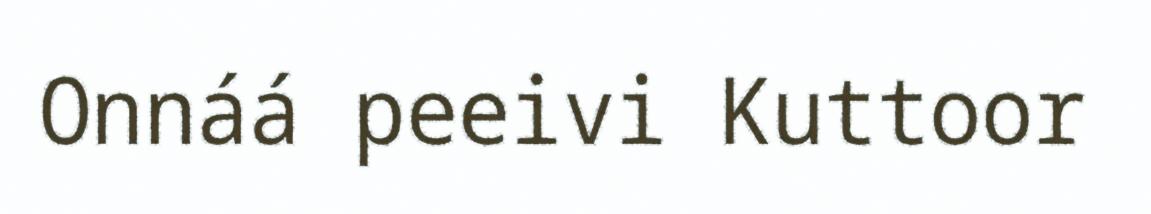
Onnáá peeivi Kuttoor